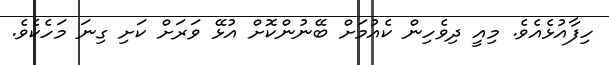
ހިފާއުޅެއެވެ. މިއީ ދިވެހިން ކެއުމަށް ބޭނުންކޮށް އުޅޭ ވަރަށް ކަށި ގިނަ މަހެކެވެ.